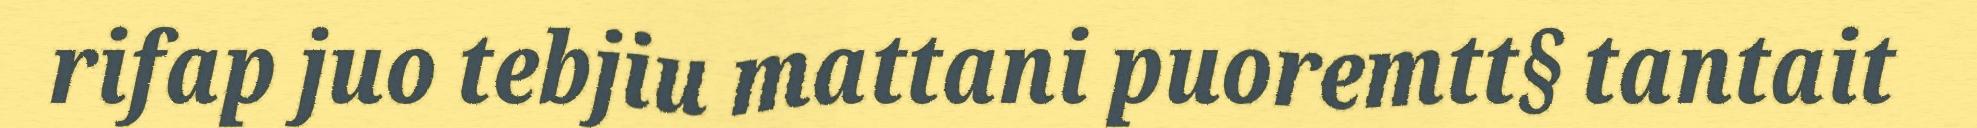
rifap juo tebjiu mattani puoremtt§ tantait